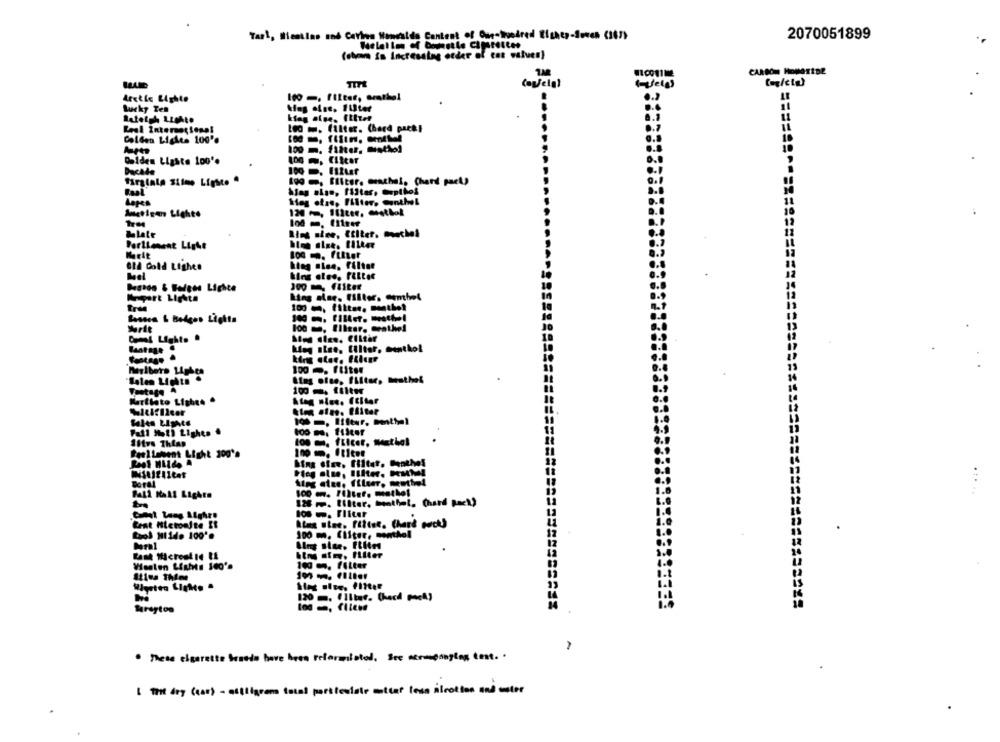
Tarl, Bientins and Carina Nomeilds Content of Our-hundred Eighty-Seven (187)
2070051899
(when is Incresalag order of cat values)
1.M
CARBON HopartDE
(ela)
100 -, filter, orthel
Arethe Lighte
Lucky Ten
Leal International
Loo . filter. Chard pack]
Golden Listes 100'℃
100 m. filter, misthe]
Delden Ligste 100 **
Ducale
Firginla stimo Ligste .
Lapes
Hag ofas, Filters conthel
Porllement Light
OLA Cold Lights
Basado & Folges Lighte
Ling alne. filter. Conthol
Basses & Belges Lights
100 m, filter. erathe!
Coml Light. .
Sen Ales. Ciitar
king stee, filter, menthol
Martlato Lighed .
Atog nies. ftltar
100 m. Ifftur, menthel
Fall Motl Lights .
Ans sime. filter. Heothel
Dog alne, Efter. HMMM!
Boral
Pall Mall Lights
500 m. Filter. methet
128 -. filter, menthol. (hard Rock)
los . Fliter
Cent Hictoujte Et
Cool Hilde 100'e
100 m. filter, menthol
Westen Lights 160's
100 m. filter
Ities Thine
120 m. ( Iltas. Check pack)
Sareyton
-
. These cigarette broods have been reformulated, See scrapingles tent. .
I the dry (car) - milligram total particulate matter less selection and water